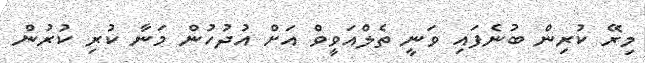
މިރޭ ކުރިން ބުނެފައި ވަނީ ތެލްއަވީވް އަށް އުދުހުން މަނާ ކުރި ކުރުން